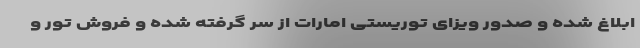
ابلاغ شده و صدور ویزای توریستی امارات از سر گرفته شده و فروش تور و